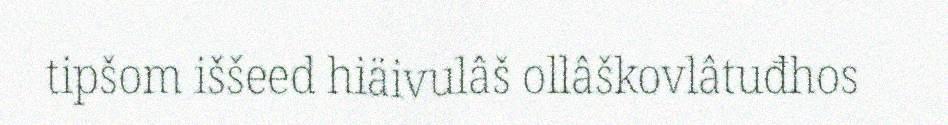
tipšom iššeed hiäivulâš ollâškovlâtuđhos